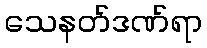
သေနတ်ဒဏ်ရာ